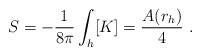
\begin{align*}S= -\frac{1}{8\pi}\int_{h}[K] = \frac{A(r_h)}{4}\ .\end{align*}